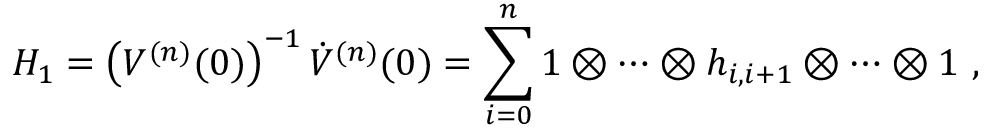
{ \cal H } _ { 1 } = \left( { \cal V } ^ { ( n ) } ( 0 ) \right) ^ { - 1 } \dot { \cal V } ^ { ( n ) } ( 0 ) = \sum _ { i = 0 } ^ { n } 1 \otimes \cdots \otimes h _ { i , i + 1 } \otimes \cdots \otimes 1 ~ ,